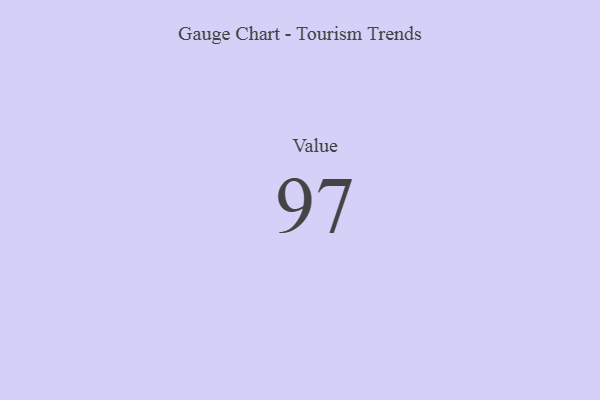
{"axis": {"x": "Metric", "y": "Value"}, "legend": [""], "data": [{"x": "Value", "y": 97, "type": ""}]}